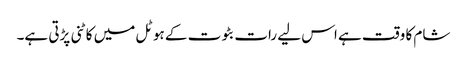
شام کا وقت ہے اس لیے رات بٹوت کے ہوٹل میں کاٹنی پڑتی ہے۔